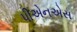
પીએનએસ